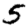
Digit: 5